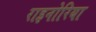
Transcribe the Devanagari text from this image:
राइनोरिया